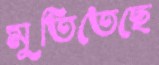
মুতিতেছে